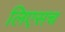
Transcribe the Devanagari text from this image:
लिएसच